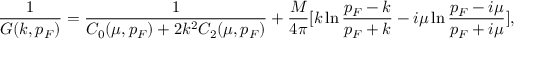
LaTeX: \frac { 1 } { G ( k , p _ { F } ) } = \frac { 1 } { C _ { 0 } ( \mu , p _ { F } ) + 2 { k ^ { 2 } } C _ { 2 } ( \mu , p _ { F } ) } + \frac { M } { 4 \pi } [ k \ln \frac { p _ { F } - k } { p _ { F } + k } - i \mu \ln \frac { p _ { F } - i \mu } { p _ { F } + i \mu } ] ,